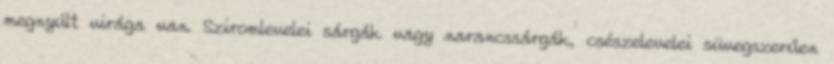
megnyúlt virága van. Sziromlevelei sárgák vagy narancssárgák, csészelevelei süvegszerűen